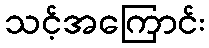
သင့်အကြောင်း